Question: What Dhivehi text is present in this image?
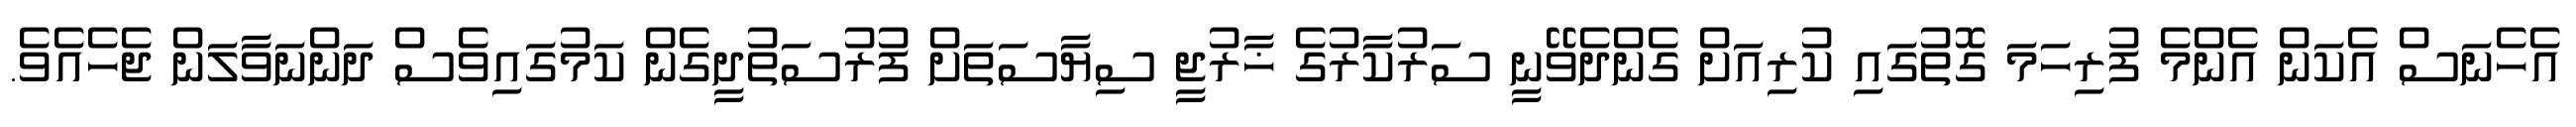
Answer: އެހެނަސް އެކަން އެންމެ ފުރިހަމަ ގޮތުގައި ކުރިއަށް ގެންދެވޭނީ ސަރުކާރުގެ ޚާރުޖީ ސިޔާސަތަށް ފުރުސަތުދީގެން ކަމުގައިވެސް ދަންނަވާލަން ޖެހެއެވެ.